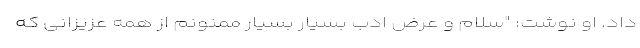
داد. او نوشت: "سلام و عرض ادب بسیار بسیار ممنونم از همه عزیزانی که